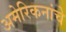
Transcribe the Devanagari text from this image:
अमेरिकनांचे